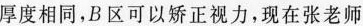
厚度相同，B区可以矫正视力，现在张老师